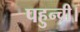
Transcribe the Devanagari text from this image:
पहुन्ची।